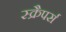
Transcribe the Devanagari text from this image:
स्क्रैपर्स